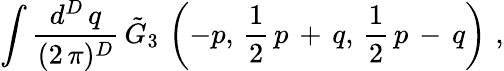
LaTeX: \int\frac{d^{D}\, q}{(2\, \pi)^{D}}\, \tilde{G}_{3}\, \left(-p,\, \frac{1}{2}\, p\, +\, q,\, \frac{1}{2}\, p\, -\, q\right)\, \, ,